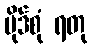
ပိုဒ်စုံ ရတု